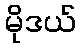
မိုဒယ်